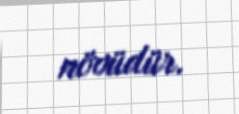
növüdür.